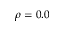
\rho = 0 . 0